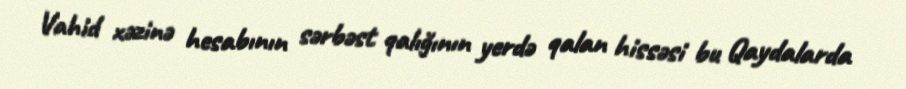
Vahid xəzinə hesabının sərbəst qalığının yerdə qalan hissəsi bu Qaydalarda